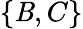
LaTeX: \{ \mathit{B},C\}